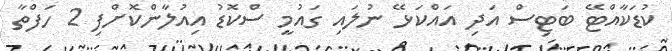
ކުޑަކާއްޓޭ ބަޓިސް އަދި އައްކަޅޭ ނުލައި ގައުމީ ސްކޮޑު އިއުލާންކޮށްފި 2 ހަފްތާ